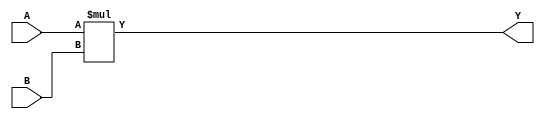
//-----------------------------------------------------
// Design Name : mult_8x8
// Function    : A 8-bit multiplier
// Coder       : Xifan Tang
//-----------------------------------------------------

module mult_8x8 (
  input [0:7] A,
  input [0:7] B,
  output [0:15] Y
);

  assign Y = A * B;

endmodule